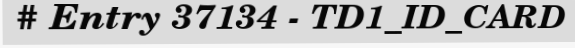
# Entry 37134 - TD1_ID_CARD